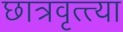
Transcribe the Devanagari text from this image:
छात्रवृत्त्या